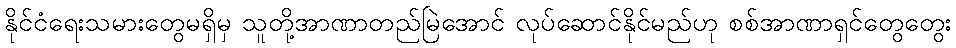
နိုင်ငံရေးသမားတွေမရှိမှ သူတို့အာဏာတည်မြဲအောင် လုပ်ဆောင်နိုင်မည်ဟု စစ်အာဏာရှင်တွေတွေး